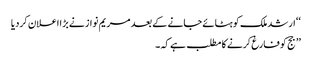
‘‘ ارشد ملک کو ہٹائے جانے کے بعد مریم نواز نے بڑا اعلان کردیا
’’ جج کو فارغ کرنے کا مطلب ہے کہ ۔